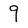
Character: 9